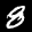
Digit: 8